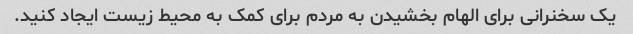
یک سخنرانی برای الهام بخشیدن به مردم برای کمک به محیط زیست ایجاد کنید.